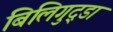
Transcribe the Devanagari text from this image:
बिलिगुद्डा